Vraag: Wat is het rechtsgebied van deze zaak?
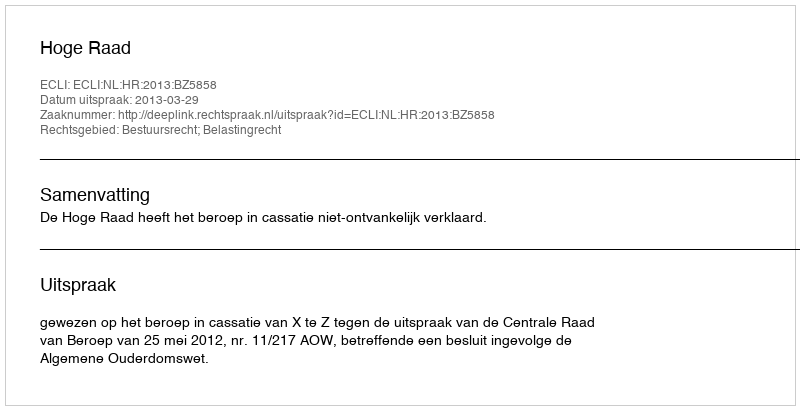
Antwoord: Bestuursrecht; Belastingrecht